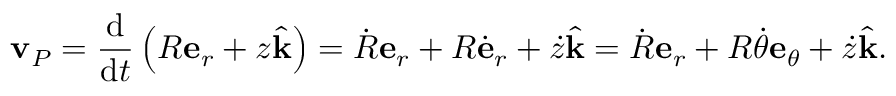
\mathbf { v } _ { P } = { \frac { \mathrm { d } } { { \mathrm { d } } t } } \left( R \mathbf { e } _ { r } + z { \hat { \mathbf { k } } } \right) = { \dot { R } } \mathbf { e } _ { r } + R { \dot { \mathbf { e } } } _ { r } + { \dot { z } } { \hat { \mathbf { k } } } = { \dot { R } } \mathbf { e } _ { r } + R { \dot { \theta } } \mathbf { e } _ { \theta } + { \dot { z } } { \hat { \mathbf { k } } } .